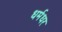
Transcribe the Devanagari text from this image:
धर्मधर